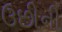
ઉછીની